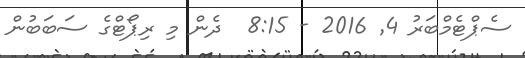
ސެޕްޓެމްބަރު 4